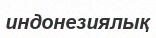
индонезиялық